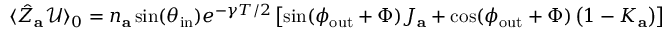
\begin{array} { r } { \langle \hat { Z } _ { \mathbf { a } } \mathcal { U } \rangle _ { 0 } = n _ { \mathbf { a } } \sin ( \theta _ { \mathrm { i n } } ) e ^ { - \gamma T / 2 } \left[ \sin ( \phi _ { \mathrm { o u t } } + \Phi ) J _ { \mathbf { a } } + \cos ( \phi _ { \mathrm { o u t } } + \Phi ) \left( 1 - K _ { \mathbf { a } } \right) \right] } \end{array}